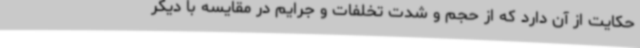
حکایت از آن دارد که از حجم و شدت تخلفات و جرایم در مقایسه با دیگر